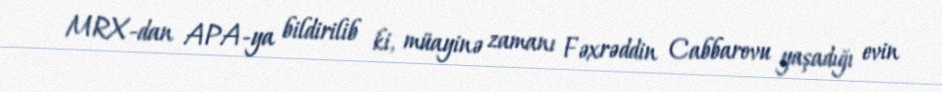
MRX-dan APA-ya bildirilib ki, müayinə zamanı Fəxrəddin Cabbarovu yaşadığı evin